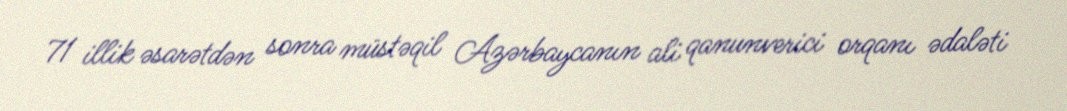
71 illik əsarətdən sonra müstəqil Azərbaycanın ali qanunverici orqanı ədaləti